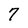
Character: 7